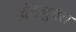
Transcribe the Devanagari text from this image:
द्वंद्वमुक्त